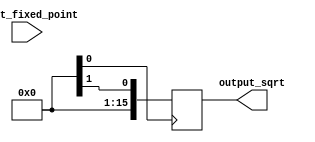
module fixed_point_sqrt (
    input [15:0] input_fixed_point,
    
    output reg [15:0] output_sqrt
);

reg [15:0] input_reg;
reg [15:0] sqrt_reg;

always @ (posedge clk) begin
    input_reg <= input_fixed_point;
    
    // Square root calculation using arithmetic operations
    // (Add your calculation logic here)
    
    sqrt_reg <= calculated_sqrt_value;
end

assign output_sqrt = sqrt_reg;

endmodule